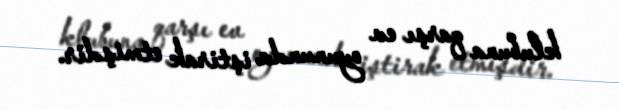
klubuna qarşı ev oyununda iştirak etmişdir.